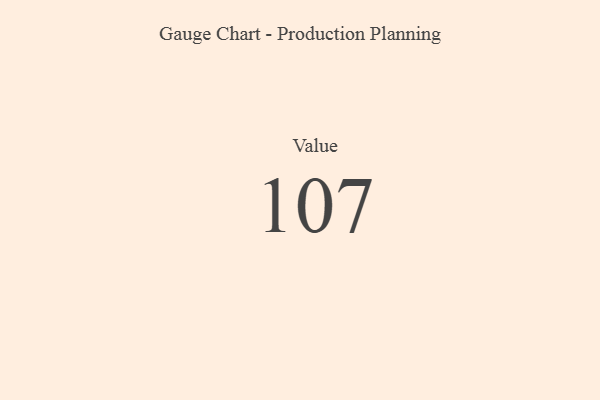
{"axis": {"x": "Metric", "y": "Value"}, "legend": [""], "data": [{"x": "Value", "y": 107, "type": ""}]}